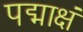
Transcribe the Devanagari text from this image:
पद्माक्षं